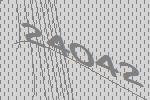
24042